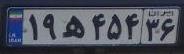
۱۹ه۴۵۴۳۶